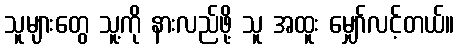
သူများတွေ သူ့ကို နားလည်ဖို့ သူ အထူး မျှော်လင့်တယ်။